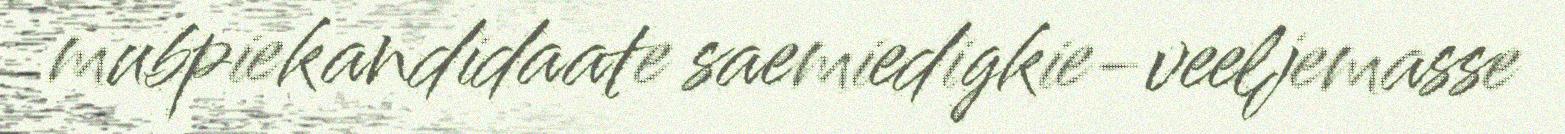
mubpiekandidaate saemiedigkie-veeljemasse